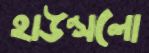
হাউন্সলো